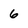
Character: 6